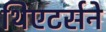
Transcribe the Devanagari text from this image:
थिएटर्सने